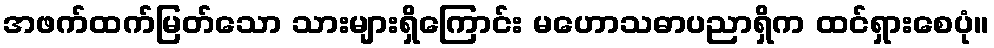
အဖက်ထက်မြတ်သော သားများရှိကြောင်း မဟောသဓာပညာရှိက ထင်ရှားစေပုံ။